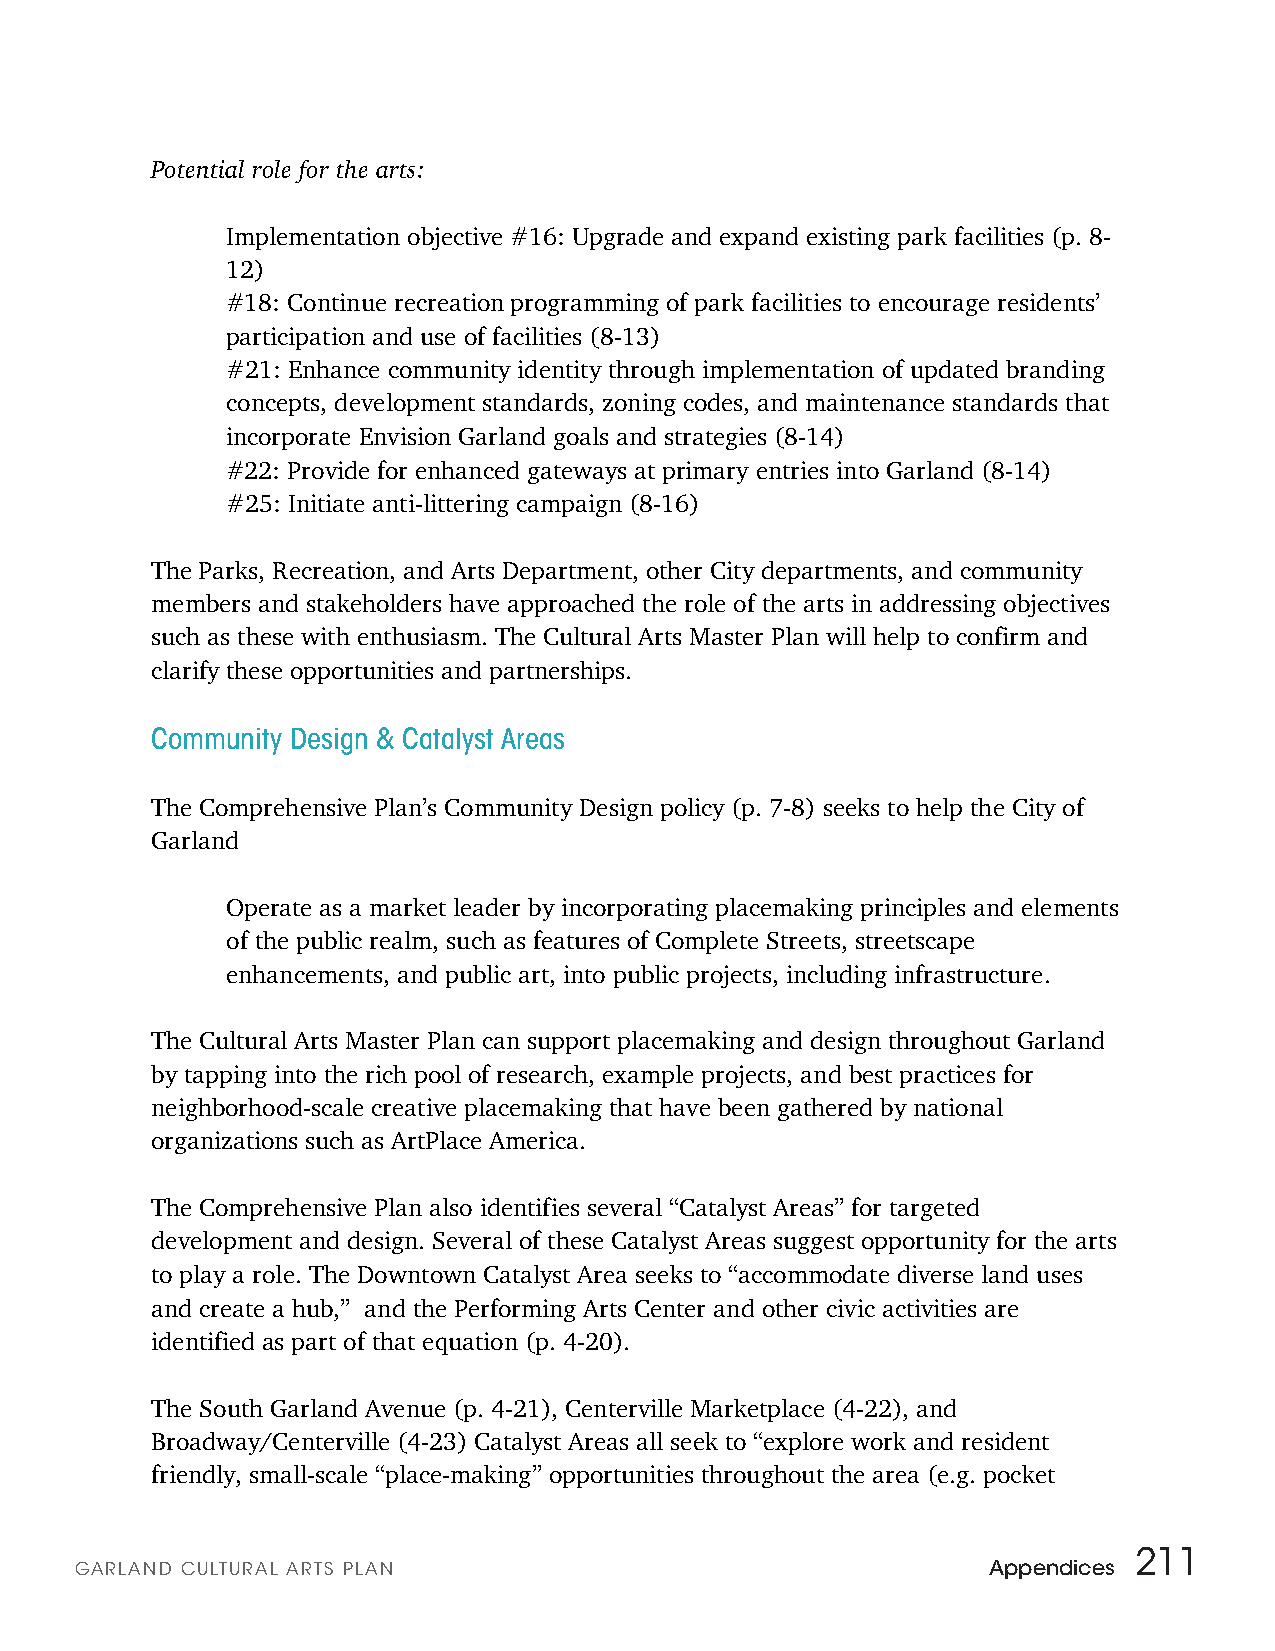
Potential role for the arts:
 Implementation objective #16: Upgrade and expand existing park facilities (p. 8-
 12)
 #18: Continue recreation programming of park facilities to encourage residents’
 participation and use of facilities (8-13)
 #21: Enhance community identity through implementation of updated branding
 concepts, development standards, zoning codes, and maintenance standards that
 incorporate Envision Garland goals and strategies (8-14)
 #22: Provide for enhanced gateways at primary entries into Garland (8-14)
 #25: Initiate anti-littering campaign (8-16)
 The Parks, Recreation, and Arts Department, other City departments, and community
 members and stakeholders have approached the role of the arts in addressing objectives
 such as these with enthusiasm. The Cultural Arts Master Plan will help to confirm and
 clarify these opportunities and partnerships.
 Community Design & Catalyst Areas
 The Comprehensive Plan’s Community Design policy (p. 7-8) seeks to help the City of
 Garland
 Operate as a market leader by incorporating placemaking principles and elements
 of the public realm, such as features of Complete Streets, streetscape
 enhancements, and public art, into public projects, including infrastructure.
 The Cultural Arts Master Plan can support placemaking and design throughout Garland
 by tapping into the rich pool of research, example projects, and best practices for
 neighborhood-scale creative placemaking that have been gathered by national
 organizations such as ArtPlace America.
 The Comprehensive Plan also identifies several “Catalyst Areas” for targeted
 development and design. Several of these Catalyst Areas suggest opportunity for the arts
 to play a role. The Downtown Catalyst Area seeks to “accommodate diverse land uses
 and create a hub,” and the Performing Arts Center and other civic activities are
 identified as part of that equation (p. 4-20).
 The South Garland Avenue (p. 4-21), Centerville Marketplace (4-22), and
 Broadway/Centerville (4-23) Catalyst Areas all seek to “explore work and resident
 friendly, small-scale “place-making” opportunities throughout the area (e.g. pocket
 211
 GARLAN D CULTURAL ARTS PLAN                                 Appendices